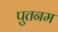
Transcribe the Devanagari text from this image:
पुतनम